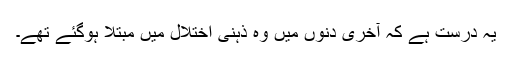
یہ درست ہے کہ آخری دنوں میں وہ ذہنی اختلال میں مبتلا ہوگئے تھے۔